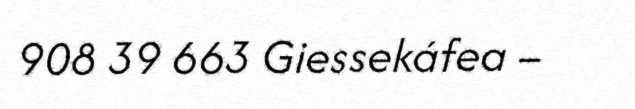
908 39 663 Giessekáfea –